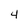
Character: 4